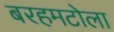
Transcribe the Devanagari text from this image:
बरहमटोला